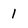
Character: 1